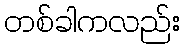
တစ်ခါကလည်း